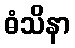
ဓံသိနာ